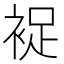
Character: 𧚖